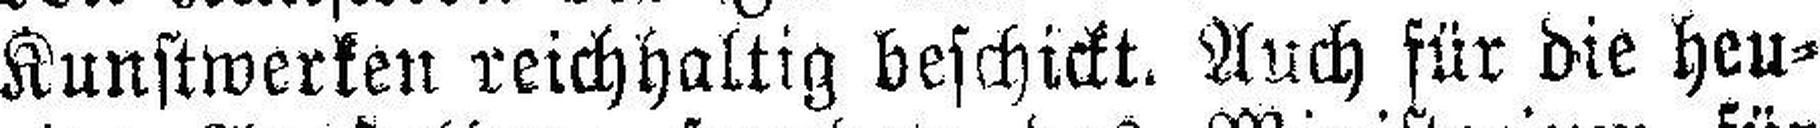
Kunstwerken reichhaltig beschickt. Auch für die heu¬